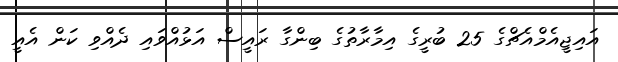
އައިޖީއެމްއެޗްގެ 25 ބުރީގެ އިމާރާތުގެ ބިންގާ ރައީސް އަޅުއްވައި ދެއްވި ކަން އެއީ